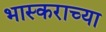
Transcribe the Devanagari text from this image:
भास्कराच्या